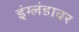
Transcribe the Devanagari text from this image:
इंग्लंडावर